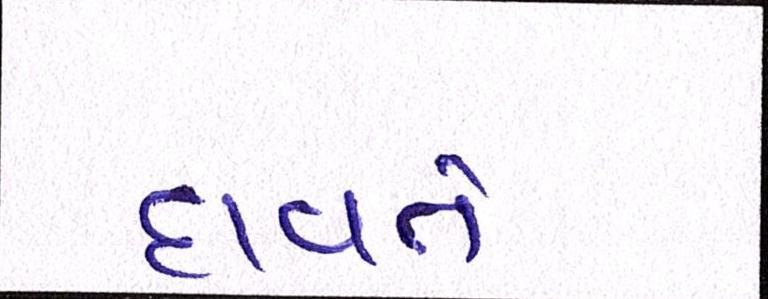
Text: દાવતે